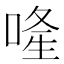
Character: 𠷶